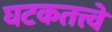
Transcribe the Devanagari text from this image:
घटकतत्त्वे